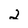
Character: 2